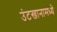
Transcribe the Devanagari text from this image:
उंटखानामध्ये